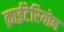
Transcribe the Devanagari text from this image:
क्राईटेरियोन